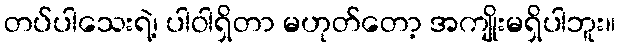
တပ်ပါသေးရဲ့၊ ပါဝါရှိတာ မဟုတ်တော့ အကျိုးမရှိပါဘူး။